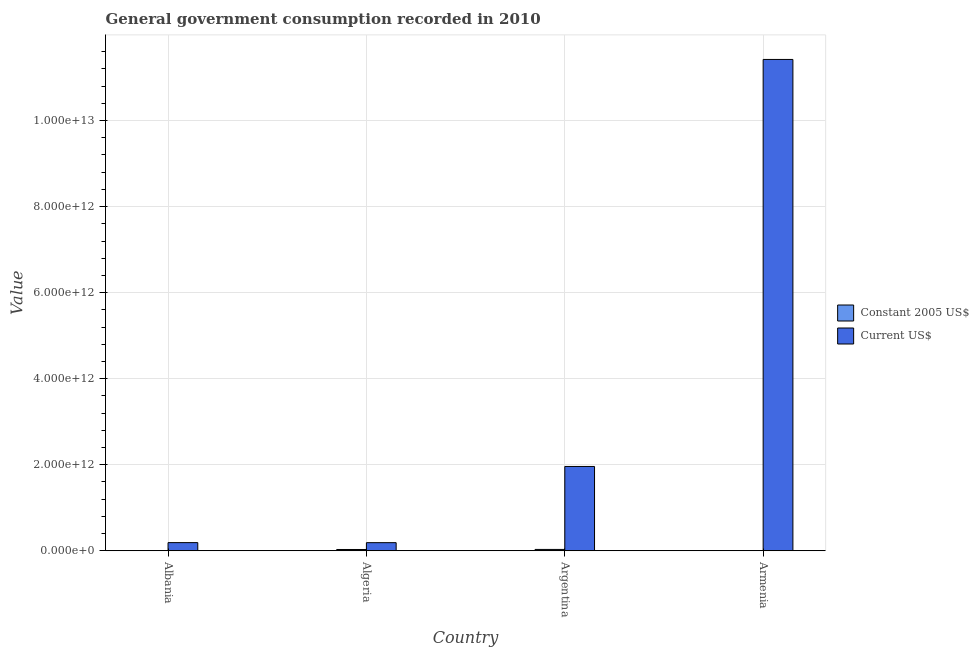
| Country | Constant 2005 US$ | Current US$ |
 | --- | --- | --- |
 | Albania | 1.04e+09 | 1.89e+11 |
 | Algeria | 2.99e+10 | 1.89e+11 |
 | Argentina | 3.12e+10 | 1.96e+12 |
 | Armenia | 6.25e+08 | 1.14e+13 |